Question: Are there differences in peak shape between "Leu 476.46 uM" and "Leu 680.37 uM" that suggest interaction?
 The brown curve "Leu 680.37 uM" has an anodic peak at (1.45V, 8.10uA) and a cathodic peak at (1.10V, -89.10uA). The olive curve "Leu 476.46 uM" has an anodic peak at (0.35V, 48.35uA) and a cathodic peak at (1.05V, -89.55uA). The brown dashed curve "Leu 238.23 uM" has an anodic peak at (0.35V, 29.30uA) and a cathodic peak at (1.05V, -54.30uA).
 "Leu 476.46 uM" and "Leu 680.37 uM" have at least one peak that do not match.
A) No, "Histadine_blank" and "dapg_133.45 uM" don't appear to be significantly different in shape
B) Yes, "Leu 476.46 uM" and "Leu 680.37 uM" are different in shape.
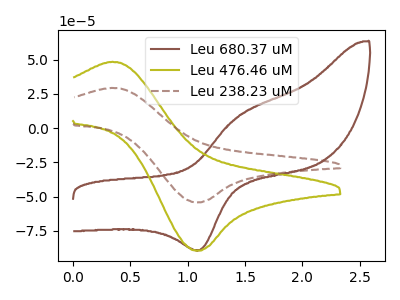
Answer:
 <answer>B) Yes, "Leu 476.46 uM" and "Leu 680.37 uM" are different in shape.</answer>
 <eval>B</eval>